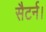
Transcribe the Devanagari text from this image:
सैटर्न।